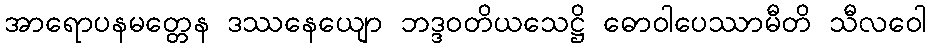
အာရောပနမတ္တေန ဒဿနေယျော ဘဒ္ဒဝတိယသေဋ္ဌိ ဓောဝါပေဿာမီတိ သီလဝေါ